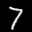
Label: 7